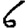
Digit: 6